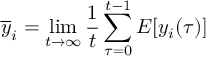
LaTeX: { \overline { { y } } } _ { i } = \operatorname* { l i m } _ { t \to \infty } { \frac { 1 } { t } } \sum _ { \tau = 0 } ^ { t - 1 } E [ y _ { i } ( \tau ) ]